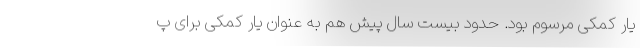
یار کمکی مرسوم بود. حدود بیست سال پیش هم به عنوان یار کمکی برای پ